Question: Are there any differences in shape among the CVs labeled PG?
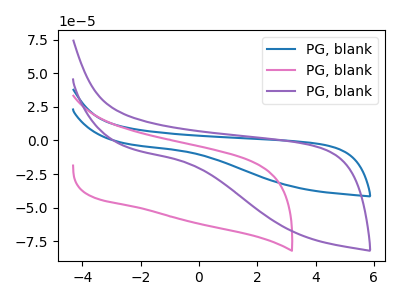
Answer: <think>The blue curve "PG, blank1" has no peaks. The pink curve "PG, blank2" has no peaks. The purple curve "PG, blank3" has no peaks.
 Neither "PG, blank1" or "PG, blank2" have any peaks. Neither "PG, blank1" or "PG, blank3" have any peaks. Neither "PG, blank2" or "PG, blank3" have any peaks.</think>
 <answer>All the CV's of "PG" have similar shape.</answer>
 <eval>follow_rule</eval>